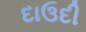
દાઉદી